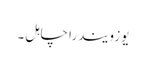
یوزویندرا چاہل ۔